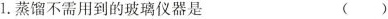
1.蒸馏不需用到的玻璃仪器是 ()